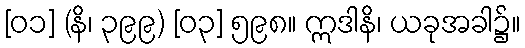
[၀၁] (နိ၊ ၃၉၉) [၀၃] ၅၉၈။ ဣဒါနိ၊ ယခုအခါ၌။